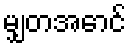
မျှတအောင်